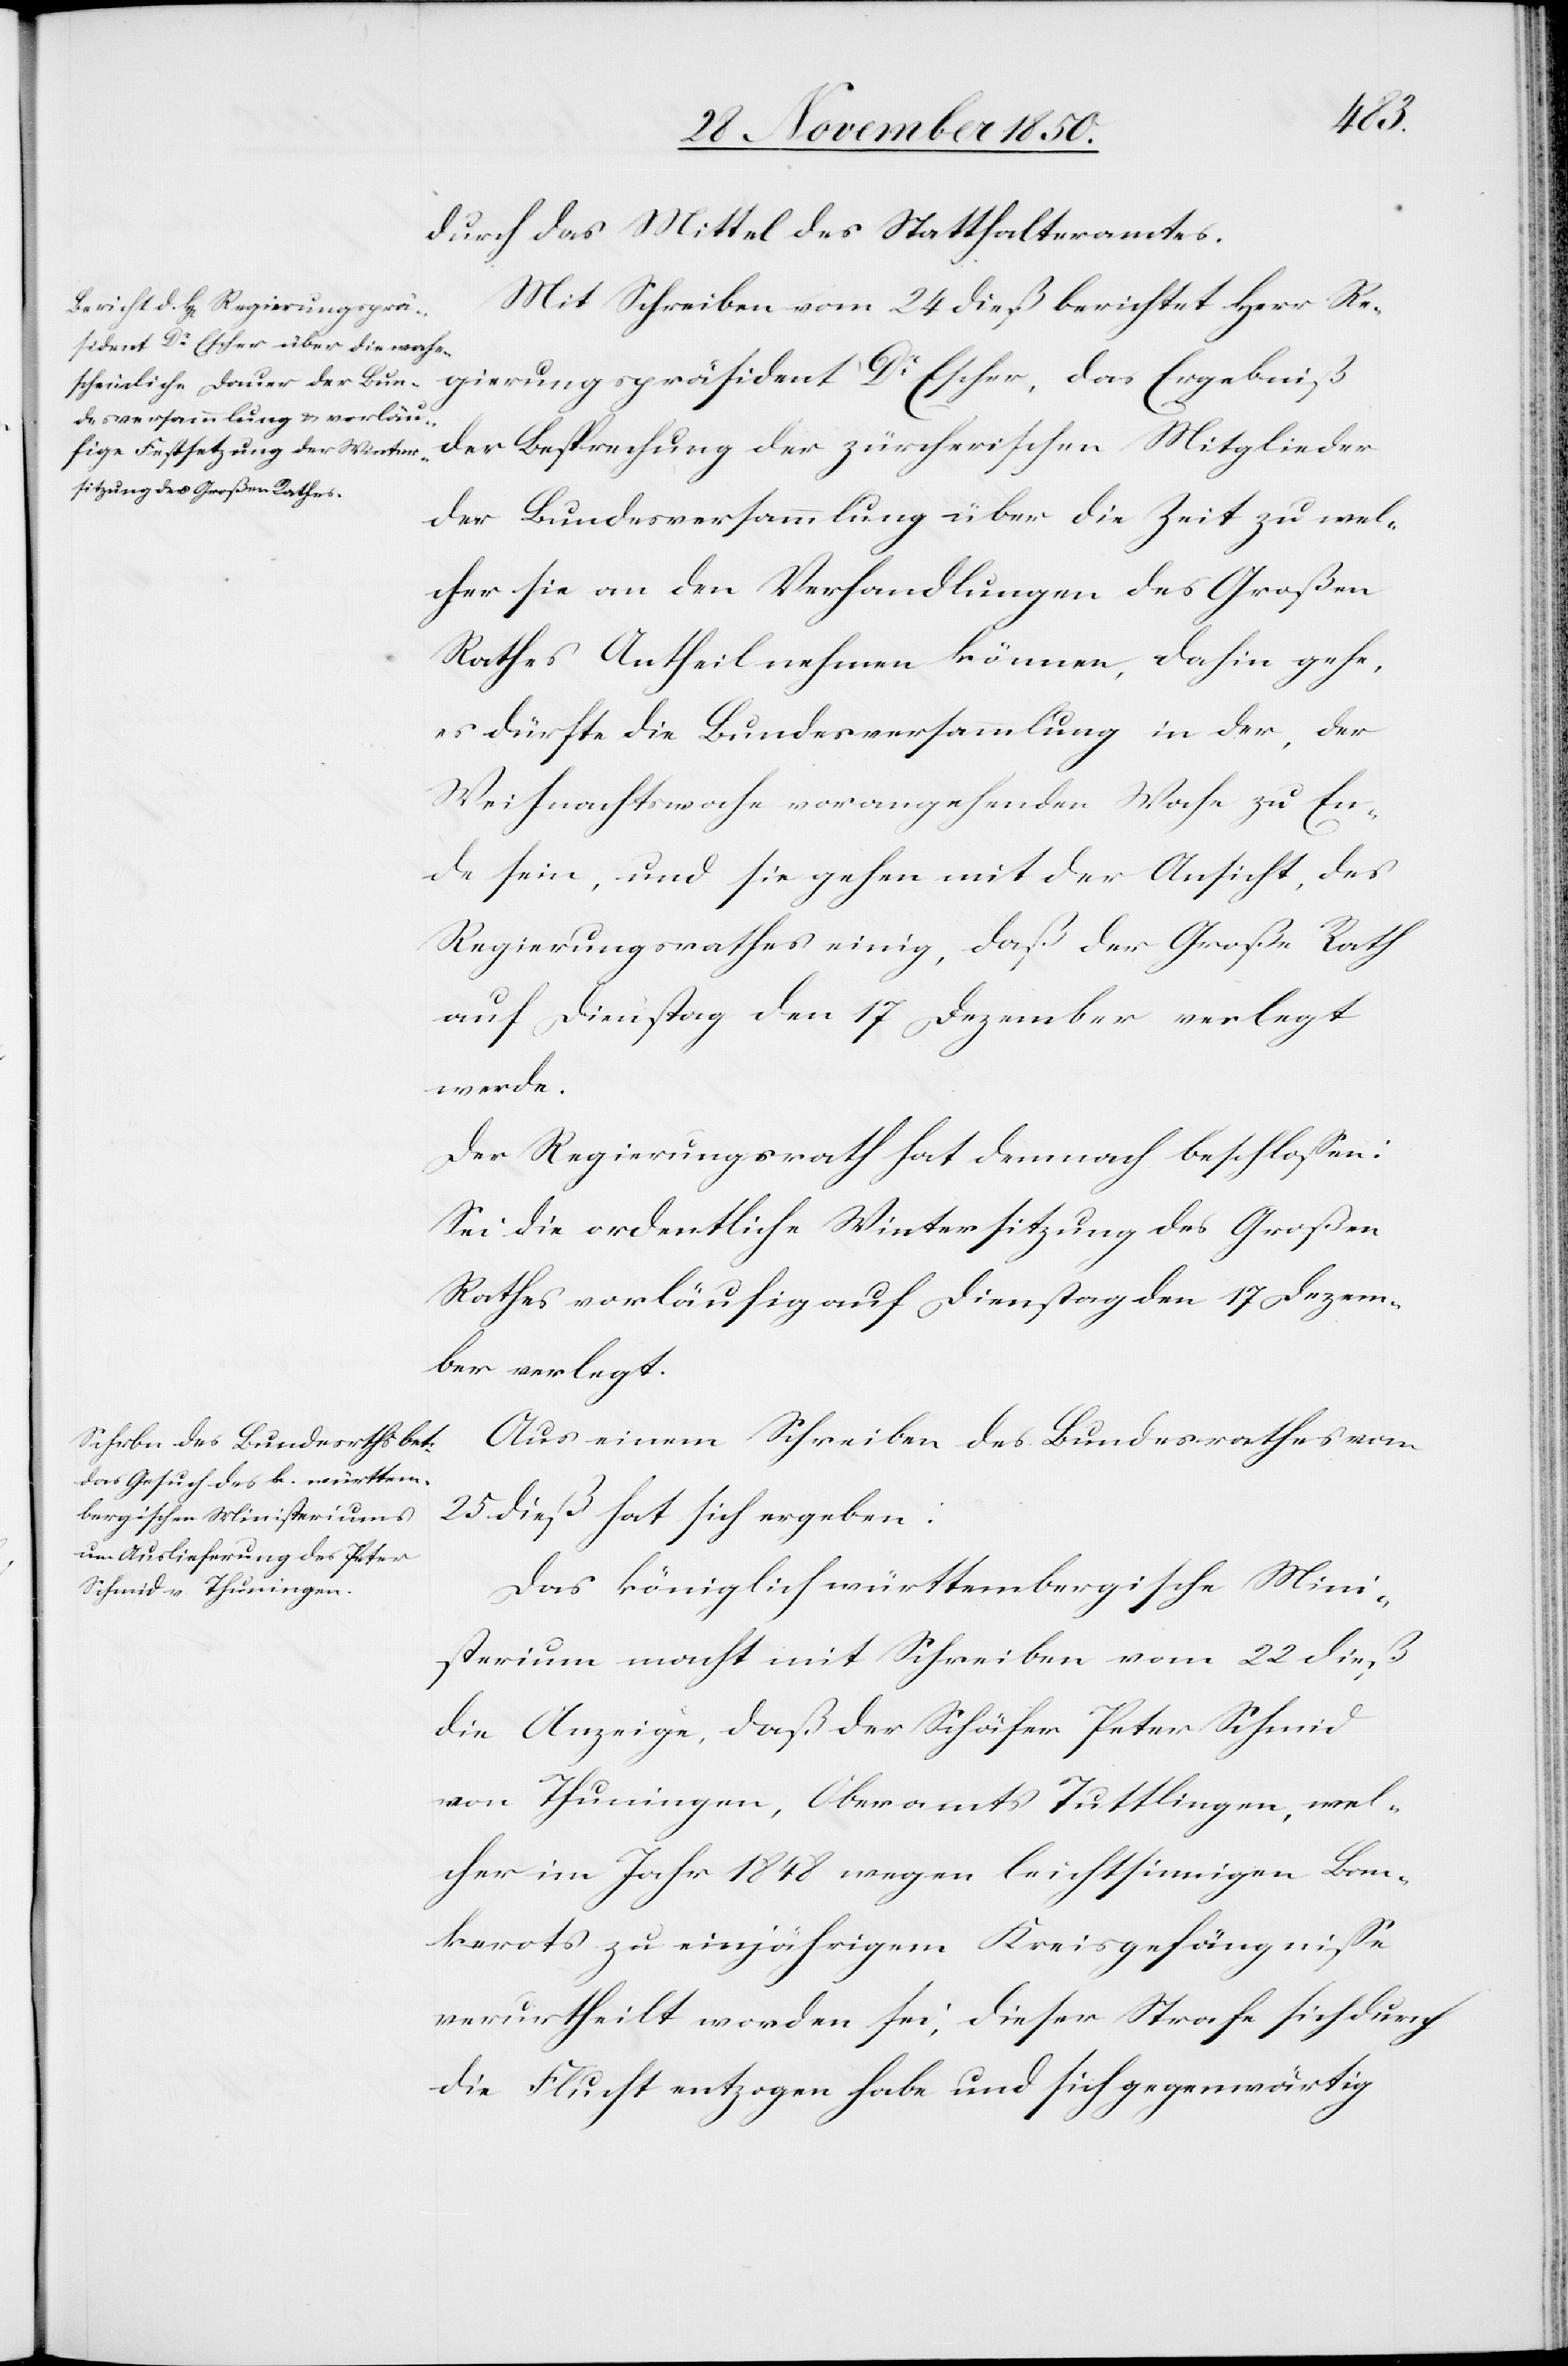
durch das Mittel des Statthalteramtes.
Mit Schreiben vom 24 dieß berichtet Herr Re¬
gierungspräsident Dr Escher, [daß] das Ergebniß
der Besprechung der zürcherischen Mitglieder
der Bundesversammlung über die Zeit zu wel¬
cher sie an den Verhandlungen des Großen
Rathes Antheil nehmen können, dahin gehe,
es dürfte die Bundesversammlung in der, der
Weihnachtswoche vorangehenden Woche zu En¬
de sein, und sie gehen mit der Ansicht, des
Regierungsrathes einig, daß der Große Rath
auf Dienstag den 17 Dezember verlegt
werde.
Der Regierungsrath hat demnach beschlossen:
Sei die ordentliche Wintersitzung des Großen
Rathes vorläufig auf Dienstag den 17 Dezem¬
ber verlegt.
Aus einem Schreiben des Bundesrathes vom
25 dieß hat sich ergeben:
Das königlich württembergische Mini¬
sterium macht mit Schreiben vom 22 dieß
die Anzeige, daß der Schäfer Peter Schmid
von Thuningen, Oberamt Tuttlingen, wel¬
cher im Jahr 1848 wegen leichtsinnigen Ban¬
kerots zu einjährigem Kreisgefängnisse
verurtheilt worden sei, dieser Strafe sich durch
die Flucht entzogen habe und sich gegenwärtig